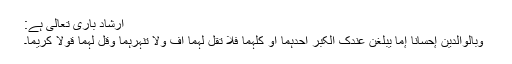
ارشاد باری تعالیٰ ہے:
ُ وَبِالْوَالِدَیْْنِ إِحْسَاناً إِمَّا یَبْلُغَنَّ عِندَکَ الْکِبَرَ أَحَدُہُمَآ أَوْ کِلٰہُمَا فَلاَ تَقُل لَّہُمَا أُفٍّ وَلاَ تَنْہَرْہُمَا وَقُل لَّہُمَا قَوْلاً کَرِیْماً۔